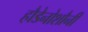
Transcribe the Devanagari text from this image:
हौडेनोशौनी